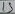
Text: 15